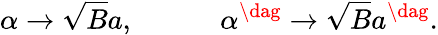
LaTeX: \alpha\rightarrow\sqrt{B}a,\, \, \, \, \, \, \, \, \, \, \, \, \, \, \, \, \, \, \alpha^{\dag}\rightarrow\sqrt{B}a^{\dag}.